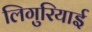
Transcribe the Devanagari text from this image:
लिगुरियाई